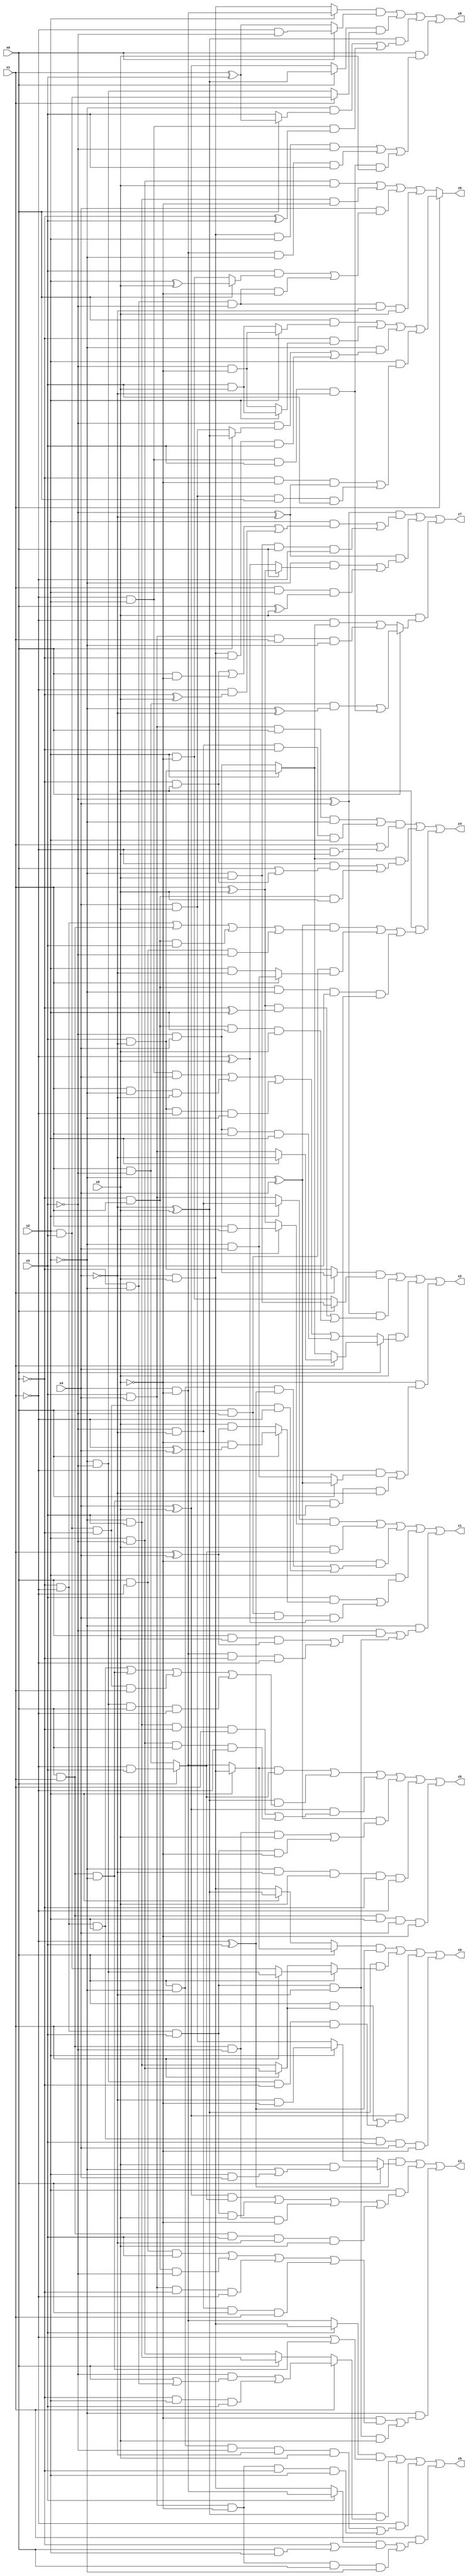
// Benchmark "X_50" written by ABC on Mon Jun 05 19:35:11 2023

module X_50 ( 
    x0, x1, x2, x3, x4, x5,
    z0, z1, z2, z3, z4, z5, z6, z7, z8, z9  );
  input  x0, x1, x2, x3, x4, x5;
  output z0, z1, z2, z3, z4, z5, z6, z7, z8, z9;
  assign z0 = ((x0 ? (x2 ? (~x4 & x5) : (x4 & ~x5)) : (x2 ? (~x4 ^ x5) : (~x4 & x5))) & (~x1 ^ x3)) | ((~x4 ^ x5) & (x0 ? (x1 ? (~x2 & ~x3) : (x2 & x3)) : (x1 ? (x2 & ~x3) : (~x2 & x3)))) | ((x4 ^ x5) & ((x0 & (x1 ? (x2 & ~x3) : (~x2 & x3))) | (~x2 & ~x3 & ~x0 & x1))) | (~x0 & ~x1 & x2 & x3 & x4 & ~x5);
  assign z1 = ((x2 ? (~x3 & ~x4) : (x3 & x4)) & (x0 ? (x1 & x5) : (x1 ^ x5))) | (x5 & (x0 ? (~x1 & x3) : (x1 & ~x3))) | (~x5 & ((x0 & ~x2 & (~x1 ^ x3)) | (x2 & x3 & ~x0 & ~x1))) | (x2 & ((x3 & (x0 ? (~x5 & (~x1 ^ x4)) : (x5 & (x1 ^ x4)))) | (x0 & ~x3 & x4 & (~x1 ^ x5)))) | (~x2 & ((~x3 & ((x0 & x5 & (x1 ^ x4)) | (x4 & ~x5 & ~x0 & ~x1))) | (~x0 & ~x1 & x3 & ~x4)));
  assign z2 = ((x1 ? (~x3 & x4) : (x3 & ~x4)) & (x0 ? (~x2 & x5) : (x2 & ~x5))) | ((~x3 ^ x4) & (((x1 ^ x5) & (~x0 ^ x2)) | (~x0 & x1 & x2 & x5))) | (x5 & (x0 ? (x1 ? (x2 ? ~x4 : (x3 & x4)) : (x2 ? (x3 & ~x4) : (~x3 & x4))) : ((~x1 & x2 & x4) | (x1 & ~x2 & ~x4) | (x3 & ~x4 & ~x1 & ~x2) | (~x3 & x4 & x1 & x2)))) | (~x5 & ((~x1 & (x0 ? (~x2 ^ x4) : (~x2 & x4))) | (x0 & x1 & ~x2 & x3 & ~x4)));
  assign z3 = ((~x1 ^ x3) & (x0 ? (x5 & (~x2 | (x2 & x4))) : (x2 ? (~x4 & ~x5) : (x4 & x5)))) | (x2 & (((x4 ^ x5) & (x0 ? (~x1 & x3) : (x1 & ~x3))) | (~x0 & ~x1 & x3 & x5) | (x0 & x1 & ~x3 & ~x5) | (x0 & x1 & x3 & ~x4 & x5))) | (~x2 & ((~x5 & ((x0 & ~x1 & x3) | (~x0 & x1 & ~x3) | (x3 & x4 & ~x0 & ~x1) | (~x3 & ~x4 & x0 & x1))) | (~x0 & ~x1 & x3 & ~x4 & x5)));
  assign z4 = (((x3 & x4 & x0 & ~x2) | (~x3 & ~x4 & ~x0 & x2)) & (x1 | (~x1 & x5))) | ((x2 ? (x3 & ~x4) : (~x3 & x4)) & ((~x1 & (x0 | (~x0 & x5))) | (~x0 & x1 & x5))) | (x5 & (((~x2 ^ x4) & ((~x0 & ~x1) | (x0 & x1) | (~x0 & x1 & x3) | (x0 & ~x1 & ~x3))) | (x0 & ~x3 & (x1 ? (~x2 & x4) : (x2 & ~x4))) | (~x0 & x1 & ~x2 & x3 & x4)));
  assign z5 = ((x2 ? (~x4 & x5) : (x4 & ~x5)) & (x0 ? (~x1 & x3) : (x1 & ~x3))) | ((~x4 ^ x5) & ((~x0 & ~x1 & x2) | (x0 & x1 & ~x2) | (x2 & x3 & ~x0 & x1) | (~x2 & ~x3 & x0 & ~x1))) | ((x4 ^ x5) & ((~x2 & x3 & ~x0 & x1) | (x2 & ~x3 & x0 & ~x1))) | ((~x2 ^ x4) & ((x0 & x1 & ~x3 & x5) | (~x0 & ~x1 & x3 & ~x5))) | (~x2 & ~x4 & x5 & ~x0 & ~x1) | (x0 & x1 & x2 & x4 & ~x5);
  assign z6 = x1 ? ((x0 & (x2 ? (~x3 & ~x5) : (x3 & x5))) | (~x0 & (x2 ? (x3 & x5) : (~x3 & ~x5))) | (~x2 & ((~x3 & (x0 ? (~x4 ^ x5) : (x4 & x5))) | (~x4 & x5 & ~x0 & x3))) | (x2 & ((~x0 & ~x5 & (~x3 ^ ~x4)) | (x4 & x5 & x0 & x3)))) : ((x2 & ~x3 & x5) | (~x2 & x3 & ~x5) | (x4 & ((x3 & (x0 ? (x2 ^ x5) : (x2 & ~x5))) | (~x0 & ~x2 & ~x3 & ~x5))) | (~x0 & ~x2 & ~x3 & ~x4 & x5));
  assign z7 = ((~x3 ^ x4) & ((x2 & ((~x0 & x5) | (x0 & ~x5) | (~x1 & (~x0 ^ x5)))) | (~x2 & x5 & x0 & ~x1))) | ((~x3 ^ ~x4) & ((~x2 & (x0 ? (x1 ^ x5) : (~x1 ^ x5))) | (x1 & x2 & (x0 ^ x5)))) | (x5 & (x0 ? ((x1 & ~x3 & (~x2 ^ ~x4)) | (~x1 & x2 & x3 & ~x4)) : ((~x1 & (x2 ? (x3 & ~x4) : (~x3 & x4))) | (x3 & x4 & x1 & ~x2))));
  assign z8 = ((x2 ? (x4 & ~x5) : (~x4 & x5)) & (x0 ? (~x1 & ~x3) : (x1 ^ x3))) | ((x0 ? (~x4 ^ x5) : (x4 ^ x5)) & (x1 ? (x2 & x3) : (~x2 & ~x3))) | ((~x4 ^ x5) & ((~x2 & (x0 ? (x1 ^ x3) : x3)) | (~x1 & x2 & (~x0 ^ x3)))) | (x0 & ((~x4 & x5 & x2 & ~x3) | (x4 & ~x5 & ~x2 & x3) | (~x1 & x2 & x3 & ~x4 & x5)));
  assign z9 = ((x3 ? (~x4 & x5) : (x4 & ~x5)) & (~x1 | (x0 & x1 & ~x2))) | ((~x4 ^ x5) & (x1 ? ((~x3 & (x0 | (~x0 & ~x2))) | (~x0 & x2 & x3)) : (x0 ? (~x2 & x3) : (x2 & ~x3)))) | (~x1 & ((x0 & ~x2 & ~x3 & ~x4 & x5) | (x3 & x4 & ~x5 & ~x0 & x2))) | (x1 & (((x3 ? (x4 & ~x5) : (~x4 & x5)) & (~x0 | (x0 & x2))) | (x3 & x4 & ~x5 & x0 & ~x2)));
endmodule